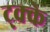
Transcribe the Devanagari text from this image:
ट्क्के